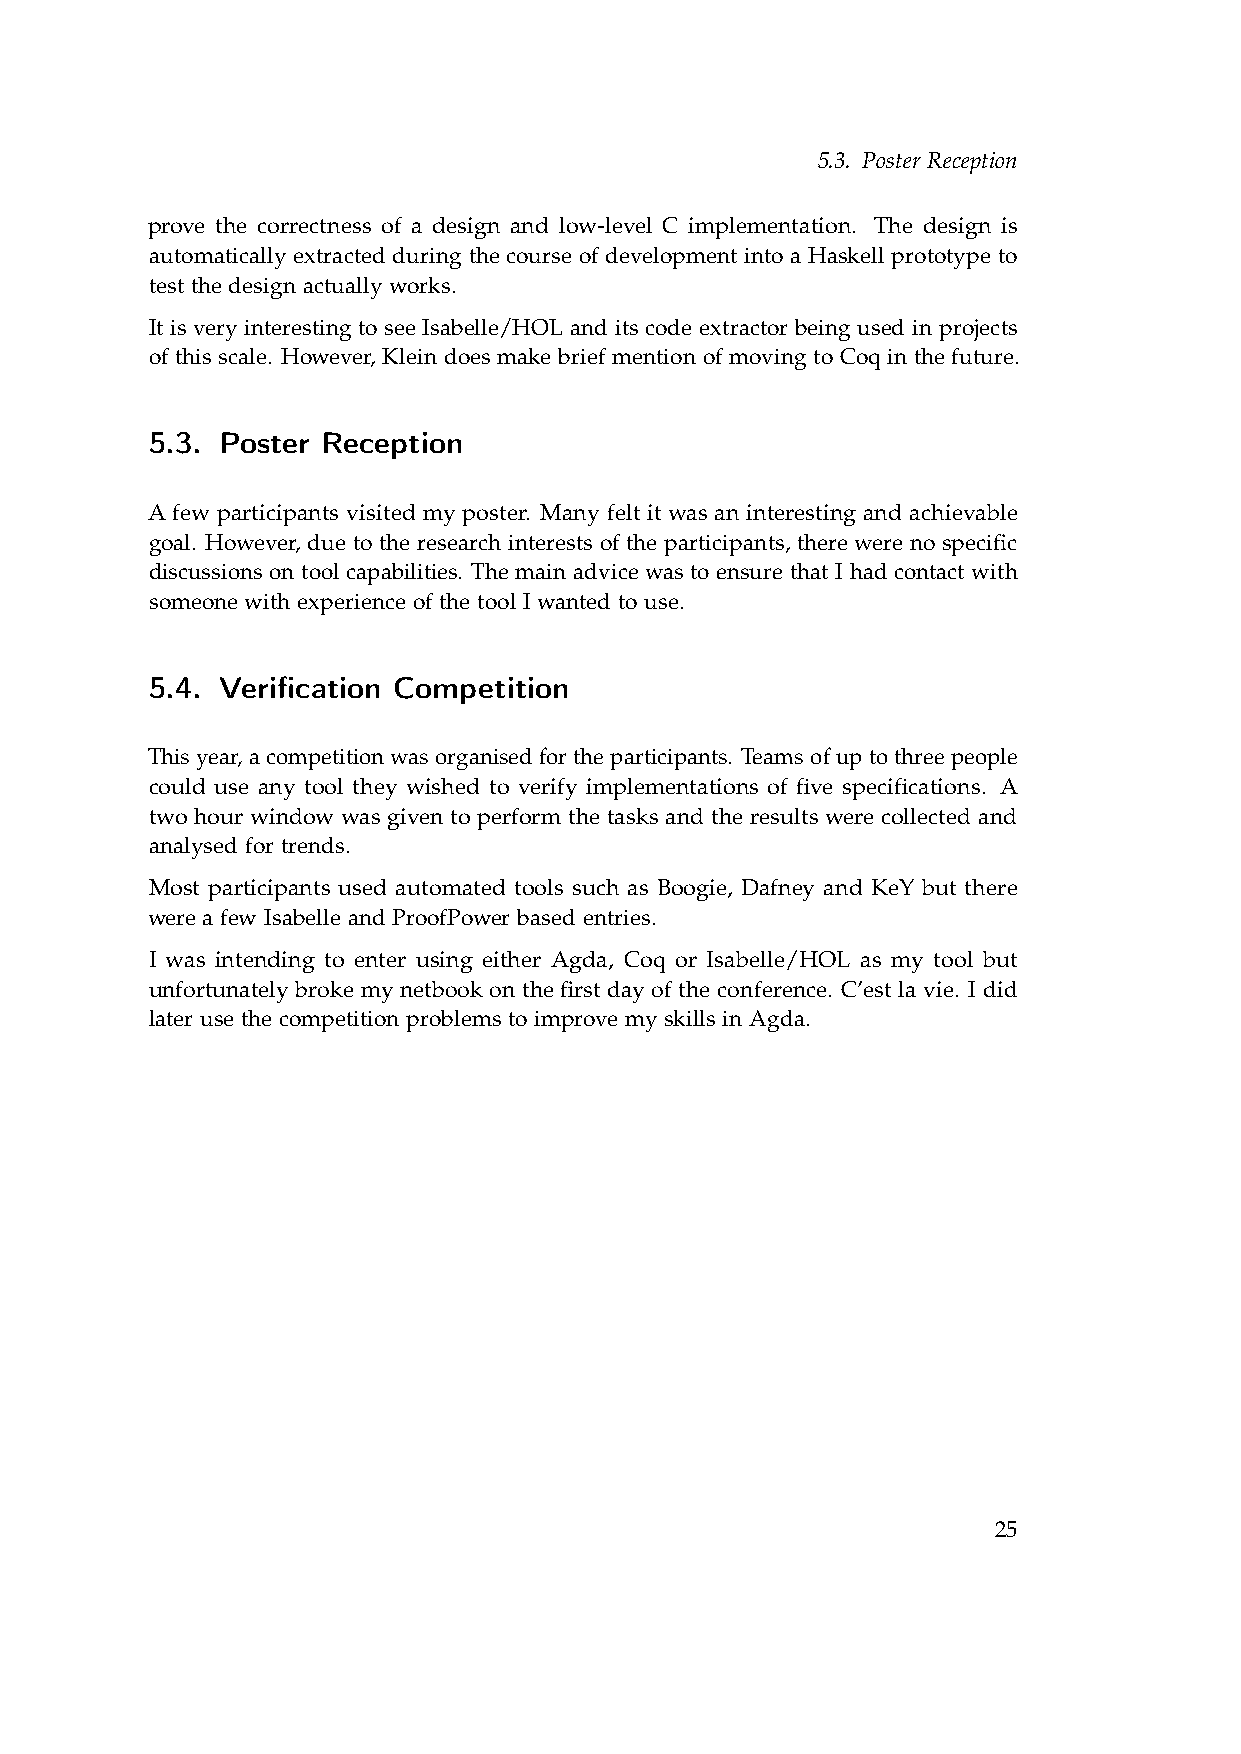
5.3. Poster Reception
 prove the correctness of a design and low-level C implementation. The design is
 automatically extracted during the course of development into a Haskell prototype to
 test the design actually works.
 It is very interesting to see Isabelle/HOL and its code extractor being used in projects
 of this scale. However, Klein does make brief mention of moving to Coq in the future.
 5.3. Poster Reception
 A few participants visited my poster. Many felt it was an interesting and achievable
 goal. However, due to the research interests of the participants, there were no specific
 discussions on tool capabilities. The main advice was to ensure that I had contact with
 someone with experience of the tool I wanted to use.
 5.4. Verification Competition
 Thisyear,acompetitionwasorganisedfortheparticipants. Teamsofuptothreepeople
 could use any tool they wished to verify implementations of five specifications. A
 two hour window was given to perform the tasks and the results were collected and
 analysed for trends.
 Most participants used automated tools such as Boogie, Dafney and KeY but there
 were a few Isabelle and ProofPower based entries.
 I was intending to enter using either Agda, Coq or Isabelle/HOL as my tool but
 unfortunately broke my netbook on the first day of the conference. C’est la vie. I did
 later use the competition problems to improve my skills in Agda.
 25